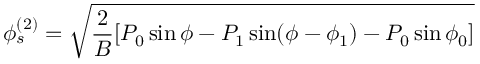
\phi _ { s } ^ { ( 2 ) } = \sqrt { \frac { 2 } { B } [ P _ { 0 } \sin \phi - P _ { 1 } \sin ( \phi - \phi _ { 1 } ) - P _ { 0 } \sin \phi _ { 0 } ] }